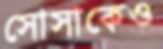
সোসাকেও